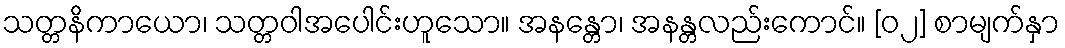
သတ္တနိကာယော၊ သတ္တဝါအပေါင်းဟူသော။ အနန္တော၊ အနန္တလည်းကောင်။ [၀၂] စာမျက်နှာ